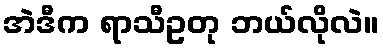
အဲဒီက ရာသီဥတု ဘယ်လိုလဲ။